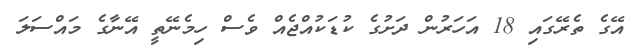
އޭގެ ތެރޭގައި 18 އަހަރުން ދަށުގެ ކުޑަކުއްޖެއް ވެސް ހިމެނޭތީ އޭނާގެ މައްސަލަ